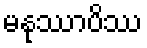
မနုဿာပိဿ